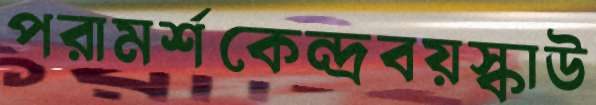
পরামর্শকেন্দ্রবয়স্কাউ